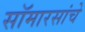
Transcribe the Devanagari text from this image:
सॉमारसांचे